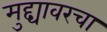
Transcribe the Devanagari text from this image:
मुद्द्यावरचा